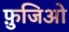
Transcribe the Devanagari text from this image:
फ़ुजिओ